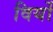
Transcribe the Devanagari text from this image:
विर्यो